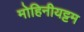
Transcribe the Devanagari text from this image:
मोहिनीयट्टम